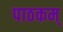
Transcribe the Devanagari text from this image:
पाठकम्